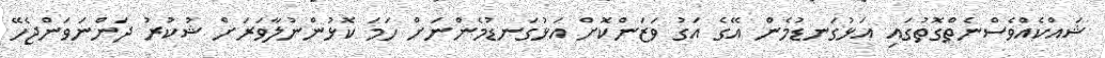
ޝައްކެއްވެސްނެތްގޮތުގައި އަޅުގަނޑުމެން އޭގެ އަގު ވަޒަންކޮށް އަޅުގަނޑުމެންނަށް ހަމަ ކޮޅުންނުލާވަރަށް ޝުކުރު ދަންނަވަންޖެހޭ